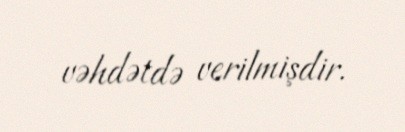
vəhdətdə verilmişdir.